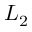
L _ { 2 }